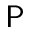
\mathsf { P }